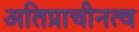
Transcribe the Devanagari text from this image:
अतिप्राचीनत्व